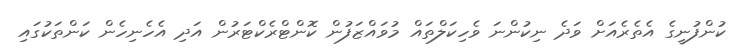
ކުންފުނީގެ އެތެރެއަށް ވަދެ ނިކުންނަ ވެހިކަލްތައް މުވައްޒަފުން ކޮންޓްރެކްޓަރުން އަދި އެހެނިހެން ކަންތަކުގައި